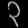
Digit: ၃